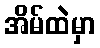
အိမ်ထဲမှာ